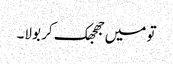
تو میں جھجھک کر بولا۔